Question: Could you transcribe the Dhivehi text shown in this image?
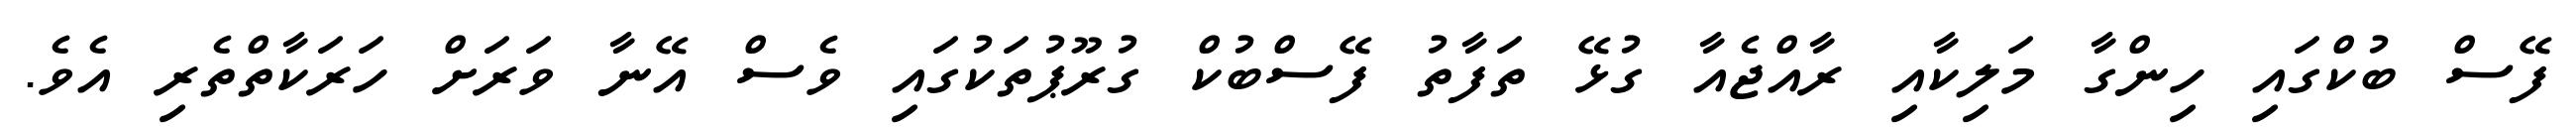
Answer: ފޭސް ބުކްގައި ހިންގާ މަލިކާއި ރާއްޖެއާ ގުޅޭ ތަފާތު ފޭސްބުކް ގުރޫޕުތަކުގައި ވެސް އޭނާ ވަރަށް ހަރަކާތްތެރި އެވެ.